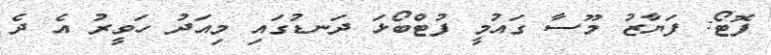
ފޮޓޯ: ފަޔާޒު މޫސާ ގައުމީ ފުޓްބޯޅަ ދަނޑުގައި މިއަދު ހަވީރު އެ ދެ